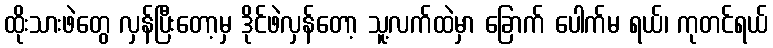
ထိုးသားဖဲတွေ လှန်ပြီးတော့မှ ဒိုင်ဖဲလှန်တော့ သူ့လက်ထဲမှာ ခြောက် ပေါက်မ ရယ်၊ ကုတင်ရယ်